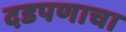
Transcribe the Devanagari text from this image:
दडपणाचा